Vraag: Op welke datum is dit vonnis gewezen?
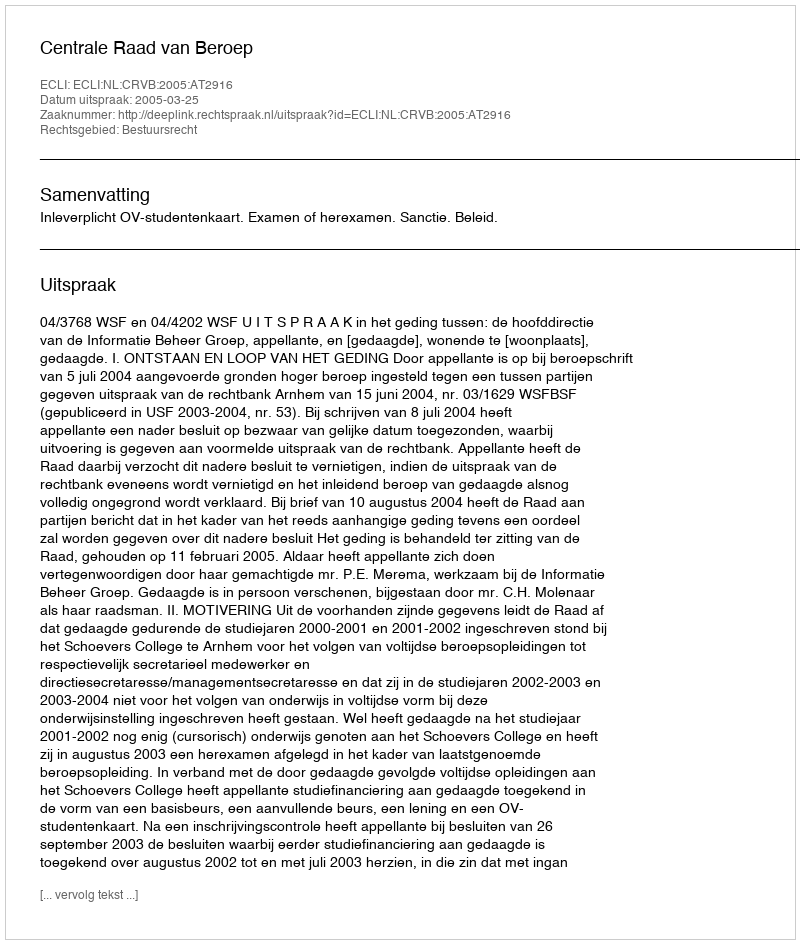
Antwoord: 2005-03-25